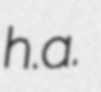
h.a.